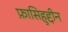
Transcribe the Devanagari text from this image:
फ़ासिहुद्दीन